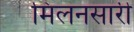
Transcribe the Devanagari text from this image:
मिलनसारी